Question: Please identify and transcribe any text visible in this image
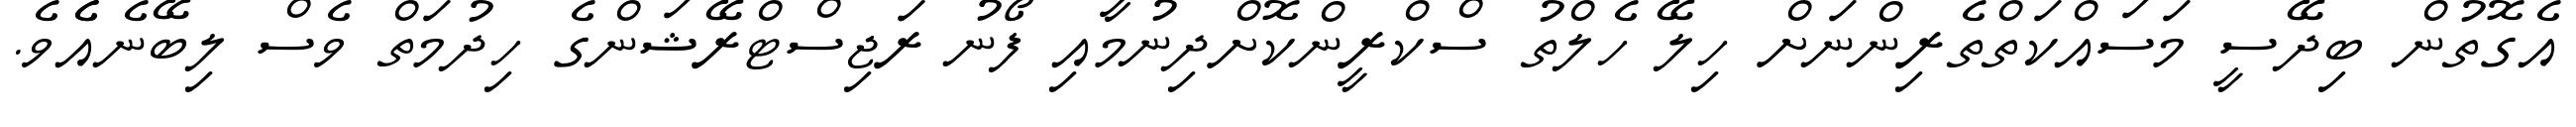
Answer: އެގޮތުން ބިދޭސީ މަސައްކަތްތެރިންނަށް ހިލޭ ހެލްތު ސްކްރީންކޮށްދިނުމާއި ފޯނު ރަޖިސްޓްރޭޝަންގެ ހިދުމަތް ވެސް ލިބޭނެއެެވެ.